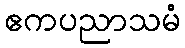
ဧကပညာသမံ